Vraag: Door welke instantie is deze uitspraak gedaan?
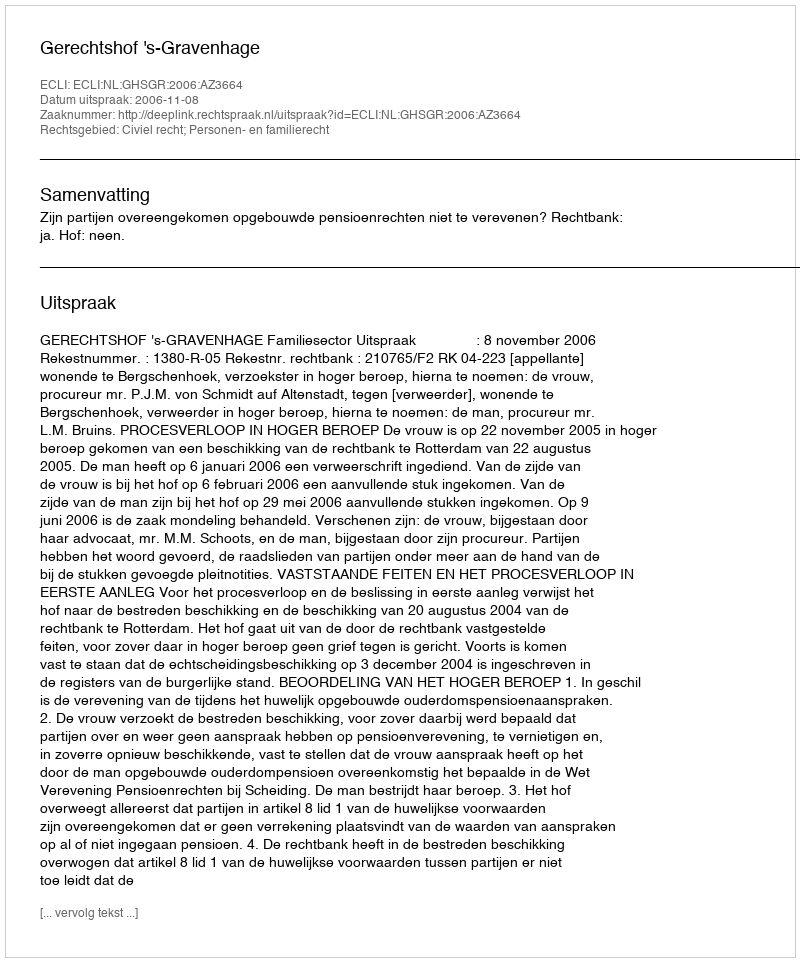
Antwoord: Gerechtshof 's-Gravenhage